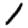
Digit: 1